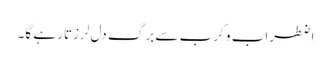
اضطراب و کرب سے برگِ دل لرزتا رہے گا۔